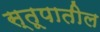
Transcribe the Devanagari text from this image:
स्तूपातील